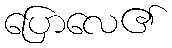
ပြောလေ၏